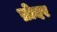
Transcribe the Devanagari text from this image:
ब्रोदर